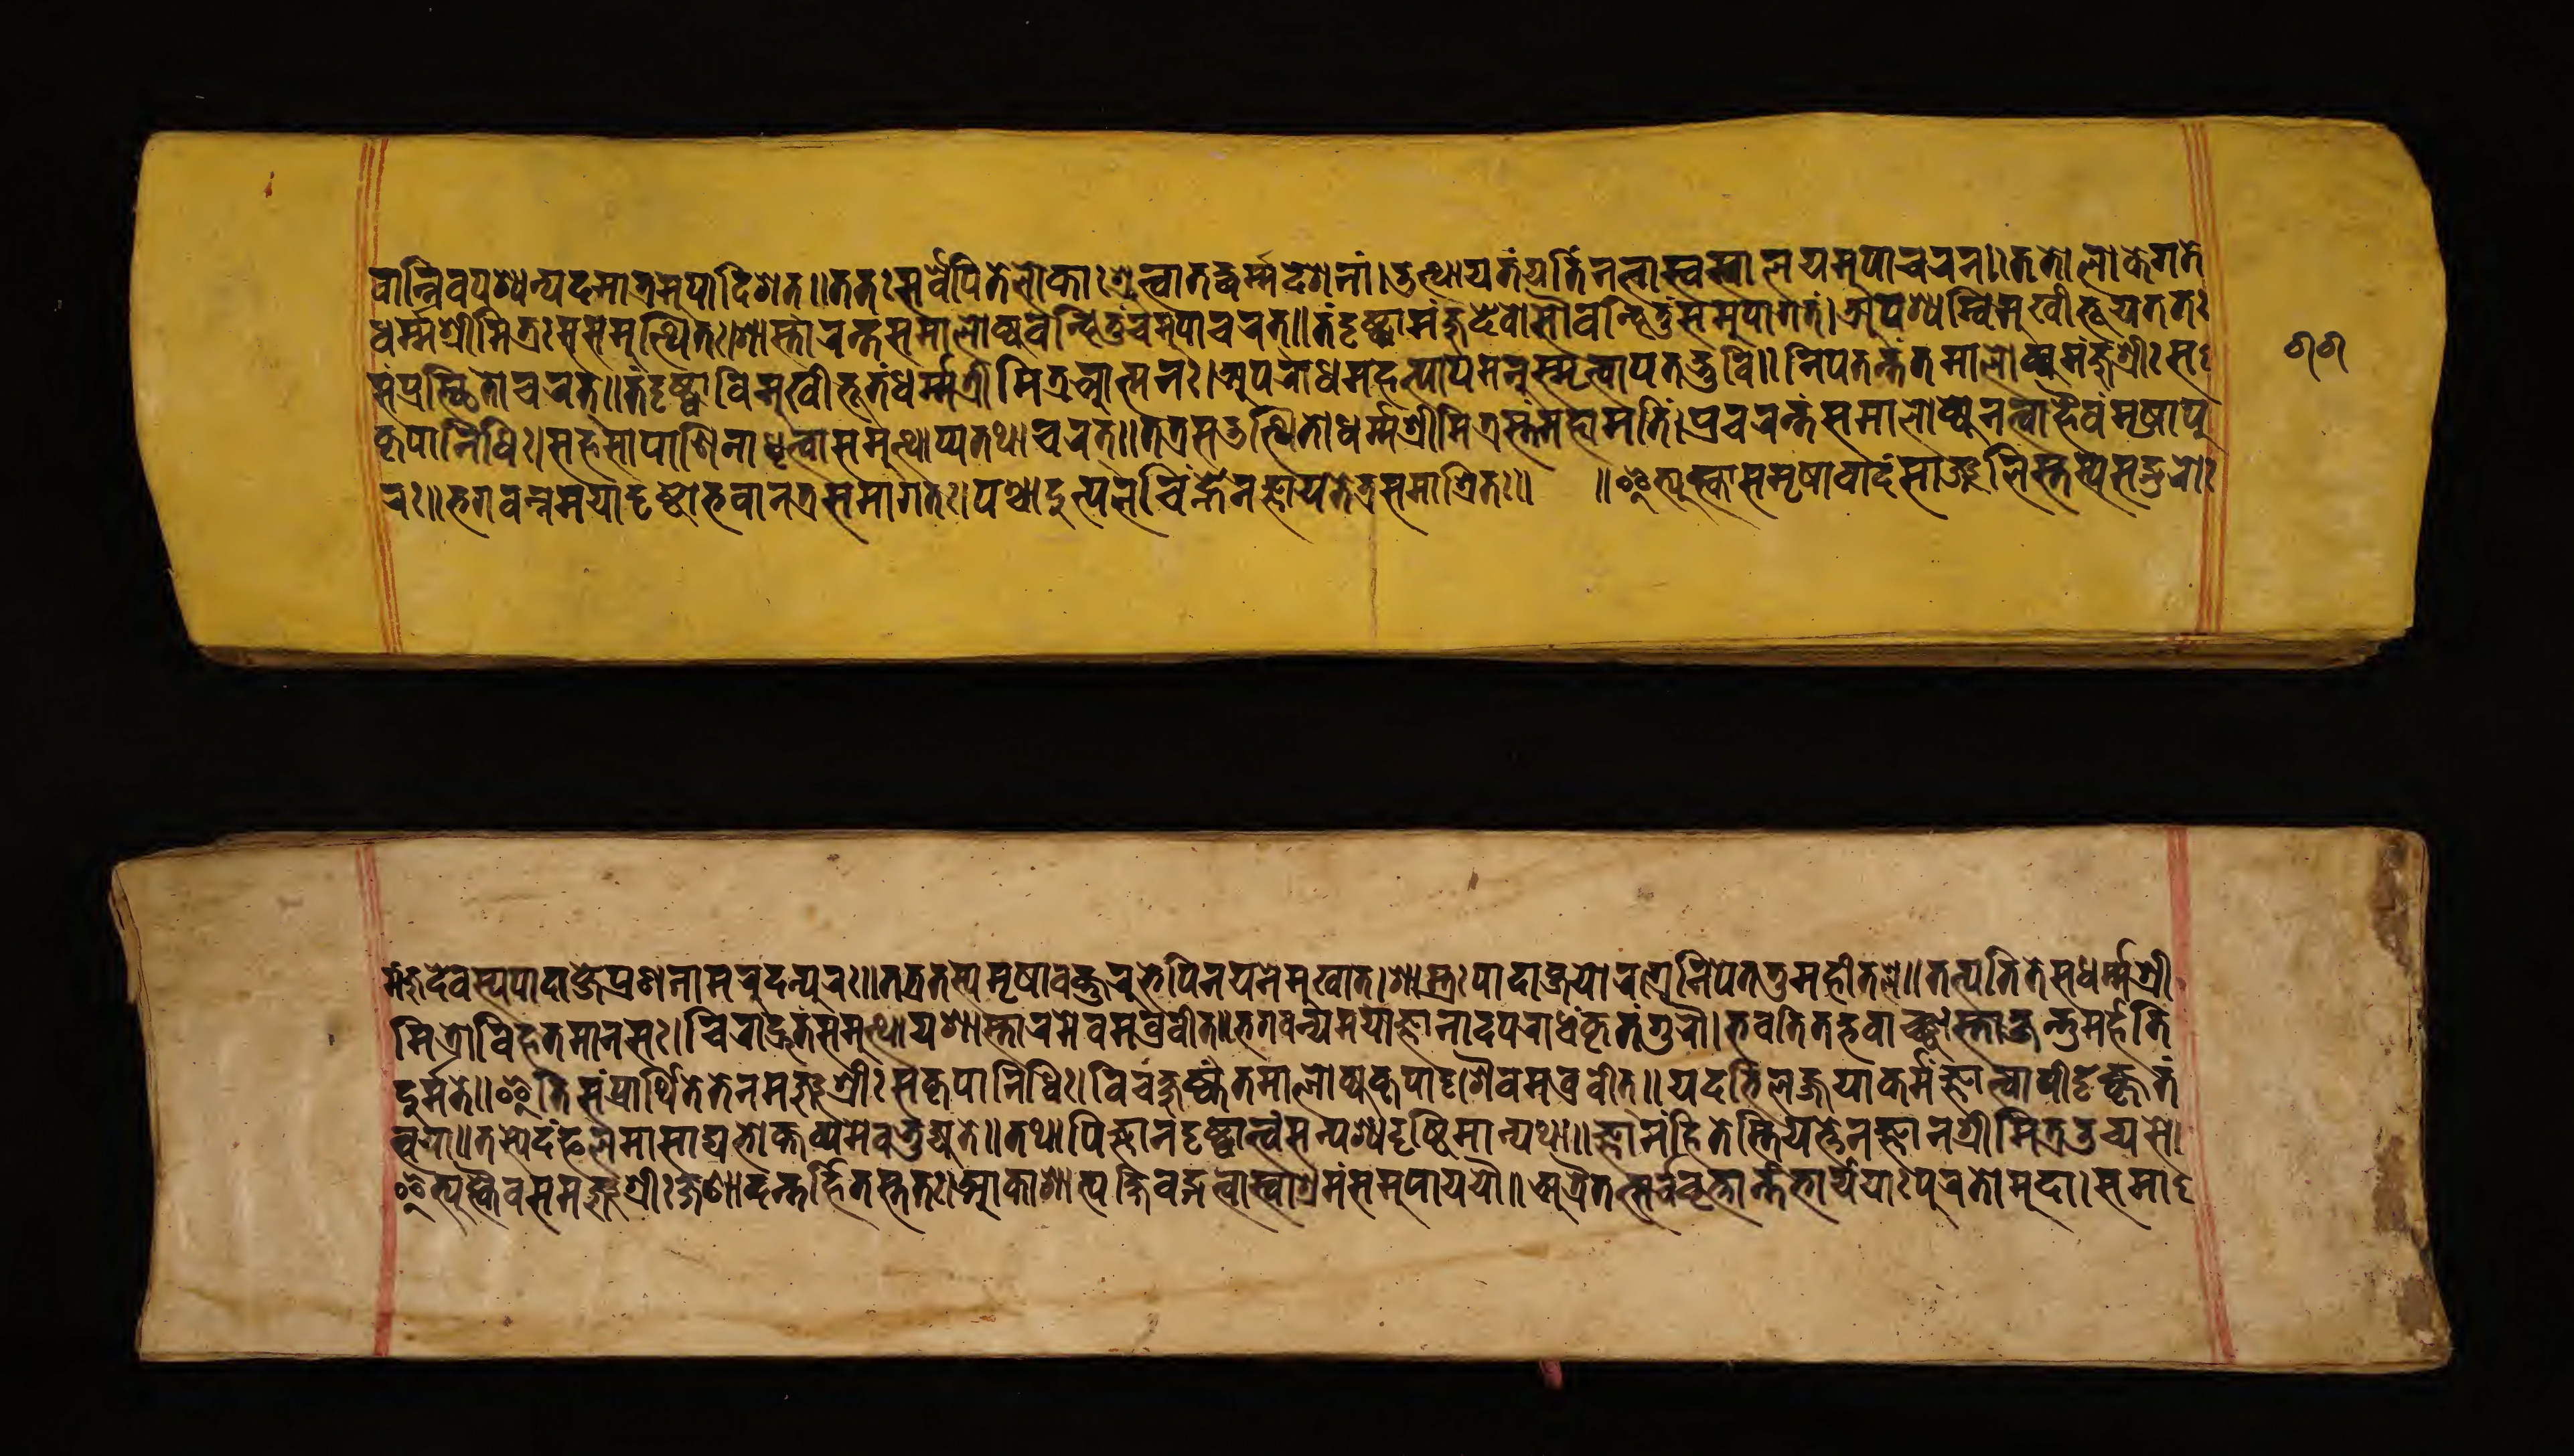
𑐰𑐵𑐣𑑂𑐣𑐶𑐰𑐵𑐥𑐱𑑂𑐫𑐣𑑂𑐥𑐡𑐩𑐵𑐟𑑂𑐬𑐩𑐸𑐥𑐵𑐡𑐶𑐱𑐟𑑂𑑌𑐟𑐟𑑅𑐳𑐬𑑂𑐰𑐾𑐥𑐶𑐟𑐾𑐮𑑀𑐎𑐵𑑅𑐱𑑂𑐬𑐸𑐟𑑂𑐰𑐵𑐟𑐟𑑂𑐳𑐡𑑂𑐢𑐬𑑂𑐩𑑂𑐩𑐡𑐾𑐱𑐣𑐵𑑄𑑋𑐄𑐟𑑂𑐠𑐵𑐫𑐟𑑄𑐫𑐟𑐶𑑄𑐣𑐟𑑂𑐰𑐵𑐳𑑂𑐰𑐳𑑂𑐰𑐵𑐮𑐫𑐩𑐸𑐥𑐵𑐔𑐬𑐣𑑂𑑌𑐟𑐟𑐮𑑀𑐎𑐾𑐐𑐟𑐾 𑐢𑐬𑑂𑐩𑑂𑐩𑐱𑑂𑐬𑐷𑐩𑐶𑐟𑑂𑐬𑑅𑐳𑐳𑐩𑐸𑐟𑑂𑐠𑐶𑐟𑑅𑑋𑐱𑐵𑐳𑑂𑐟𑐵𑐬𑑄𑐟𑑄𑐳𑐩𑐵𑐮𑑀𑐎𑑂𑐫𑐰𑐣𑑂𑐡𑐶𑐟𑐸𑑄𑐳𑐩𑐸𑐥𑐵𑐔𑐬𑐟𑑂𑑌𑐟𑑄𑐡𑐺𑐲𑑂𑐚𑑂𑐰𑐵𑐩𑐘𑑂𑐖𑐸𑐡𑐾𑐰𑑀𑐳𑑁𑐰𑐣𑑂𑐡𑐶𑐟𑐸𑑄𑐳𑐩𑐸𑐥𑐵𑐐𑐟𑑄𑑋𑐀𑐥𑐱𑑂𑐫𑐣𑑂𑐰𑐶𑐩𑐸𑐏𑐷𑐨𑐹𑐫𑐟𑐟𑑅 𑐳𑑄𑐥𑑂𑐬𑐳𑑂𑐠𑐶𑐟𑑀𑐔𑐬𑐟𑑂𑑌𑐟𑑄𑐡𑐺𑐲𑑂𑐚𑑂𑐰𑐵𑐰𑐶𑐩𑐸𑐏𑐷𑐨𑐹𑐟𑐢𑐬𑑂𑐩𑑂𑐩𑐱𑑂𑐬𑐷𑐩𑐶𑐟𑑂𑐬𑐁𑐟𑑂𑐩𑐣𑑅𑑋𑐀𑐥𑐬𑐵𑐢𑐩𑐴𑐟𑑂𑐥𑐵𑐥𑐩𑐣𑐸𑐳𑑂𑐩𑐺𑐟𑑂𑐰𑐵𑐥𑐟𑐡𑑂𑐨𑐸𑐰𑐶𑑌𑐣𑐶𑐥𑐟𑐣𑑂𑐟𑑄𑐟𑐩𑐵𑐮𑑀𑐎𑑂𑐫𑐩𑐘𑑂𑐖𑐸𑐱𑑂𑐬𑐷𑑅𑐳 𑐎𑐺𑐥𑐵𑐣𑐶𑐢𑐶𑑅𑑋𑐳𑐴𑐳𑐵𑐥𑐵𑐞𑐶𑐣𑐵𑐢𑐺𑐟𑑂𑐰𑐵𑐳𑐩𑐸𑐟𑑂𑐠𑐵𑐫𑐟𑐠𑐵𑐔𑐬𑐟𑑂𑑌𑐟𑐟𑑂𑐬𑐳𑑁𑐟𑑂𑐠𑐶𑐟𑑀𑐢𑐬𑑂𑐩𑑂𑐩𑐱𑑂𑐬𑐷𑐩𑐶𑐟𑑂𑐬𑐳𑑂𑐟𑑄𑐩𑐴𑐵𑐩𑐟𑐶𑑄𑑋𑐥𑑂𑐬𑐔𑐬𑐣𑑂𑐟𑑄𑐳𑐩𑐵𑐮𑑀𑐎𑑂𑐫𑐣𑐟𑑂𑐰𑐵𑐴𑐿𑐰𑑄𑐩𑐺𑐲𑐵𑐥𑐸 𑐣𑑅𑑌𑐨𑐐𑐰𑐣𑑂𑐣𑐩𑐫𑐵𑐡𑐺𑐲𑑂𑐚𑑀𑐨𑐰𑐵𑐣𑐟𑑂𑐬𑐳𑐩𑐵𑐐𑐟𑑅𑑋𑐥𑐱𑑂𑐔𑐵𑐡𑐸𑐟𑑂𑐥𑐮𑐔𑐶𑐴𑑂𑐣𑐾𑐣𑐖𑑂𑐘𑐵𑐫𑐟𑐾𑐟𑑂𑐬𑐳𑐩𑐵𑐱𑑂𑐬𑐶𑐟𑑅𑑌 𑑌𑐂𑐟𑑂𑐫𑐸𑐎𑑂𑐟𑑂𑐰𑐵𑐳𑐩𑐺𑐲𑐵𑐰𑐵𑐡𑑄𑐳𑐵𑐘𑑂𑐖𑐮𑐶𑐳𑑂𑐟𑐳𑑂𑐫𑐳𑐒𑑂𑐐𑐸𑐬𑑀𑑅 𑐩𑐘𑑂𑐖𑐸𑐡𑐾𑐰𑐳𑑂𑐫𑐥𑐵𑐡𑐵𑐧𑑂𑐖𑐾𑐥𑑂𑐬𑐞𑐣𑐵𑐩𑐬𑐸𑐡𑐣𑑂𑐥𑐸𑐣𑑅𑑌𑐟𑐟𑑂𑐬𑐟𑐳𑑂𑐫𑐩𑐺𑐲𑐵𑐰𑐎𑑂𑐟𑐸𑑄𑐬𑐸𑐨𑐾𑑇𑐥𑐶𑐣𑐫𑐣𑐾𑐩𑐸𑐏𑐵𑐟𑑂𑑋𑐱𑐵𑐳𑑂𑐟𑐸𑑅𑐥𑐵𑐡𑐵𑐧𑑂𑐖𑐫𑑀𑐬𑐐𑑂𑐬𑐾𑐣𑐶𑐥𑐾𑐟𑑄𑐟𑐸𑐩𑐴𑐷𑐟𑐮𑐾𑑌𑐟𑐟𑑂𑐥𑐟𑐶𑐟𑐳𑐢𑐬𑑂𑐩𑑂𑐩𑐱𑑂𑐬𑐷 𑐩𑐶𑐟𑑂𑐬𑑀𑐰𑐶𑐴𑐟𑐩𑐵𑐣𑐳𑑅𑑋𑐔𑐶𑐬𑐵𑐡𑑂𑐬𑐸𑐡𑑄𑐳𑐩𑐸𑐟𑑂𑐠𑐵𑐫𑑅𑐱𑐵𑐳𑑂𑐟𑐵𑐬𑐩𑐾𑐰𑐩𑐰𑑂𑐬𑐰𑐷𑐟𑑂𑑌𑐨𑐐𑐰𑐣𑑂𑐫𑐟𑑂𑐩𑐫𑐵𑐖𑑂𑐘𑐵𑐣𑐵𑐡𑐥𑐬𑐵𑐢𑑄𑐎𑐺𑐟𑑄𑐐𑐸𑐬𑑁𑑋𑐨𑐰𑐟𑐶𑐟𑐡𑑂𑐨𑐰𑐵𑐘𑑂𑐕𑐵𑐳𑑂𑐟𑐵𑐎𑑂𑐲𑐣𑑂𑐟𑐸𑑄𑐩𑐬𑑂𑐴𑐟𑐶 𑐡𑐸𑐬𑑂𑐩𑐟𑐾𑑅𑑌𑐂𑐟𑐶𑐳𑑄𑐥𑑂𑐬𑐵𑐬𑑂𑐠𑐶𑐟𑑄𑐟𑐾𑐣𑐩𑐘𑑂𑐖𑐸𑐱𑑂𑐬𑐷𑑅𑐳𑐎𑐺𑐥𑐵𑐣𑐶𑐢𑐶𑑅𑑋𑐰𑐶𑐔𑐎𑑂𑐲𑐸𑐲𑑂𑐎𑑄𑐟𑐩𑐵𑐮𑑀𑐎𑑂𑐫𑑅𑐎𑐺𑐥𑐵𑐡𑐺𑐱𑐿𑐰𑐩𑐰𑑂𑐬𑐰𑐷𑐟𑑂𑑌𑐫𑐡𑐨𑐶𑐮𑐖𑑂𑐖𑐫𑐵𑐎𑐬𑑂𑐩𑑂𑐩𑐖𑑂𑐘𑐵𑐟𑑂𑐰𑐵𑐥𑐶𑐡𑐸𑐲𑑂𑐎𑐺𑐟𑑄 𑐟𑑂𑐰𑐫𑐵𑑌𑐟𑐳𑑂𑐫𑐾𑐡𑑄𑐦𑐮𑐩𑐵𑐳𑐵𑐡𑑂𑐫𑐨𑑀𑐎𑑂𑐟𑐀𑐣𑑂𑐫𑑄𑐩𑐾𑐰𑐨𑐸𑐖𑑂𑐫𑐟𑐾𑑌𑐟𑐠𑐵𑐥𑐶𑐖𑑂𑐘𑐵𑐣𑐡𑐺𑐲𑑂𑐚𑑂𑐰𑐵𑐟𑑂𑐰𑑄𑐳𑐩𑑂𑐥𑐱𑑂𑐫𑐡𑑂𑐡𑐺𑐲𑑂𑐚𑐶𑐩𑐵𑐣𑑂𑐫𑐠𑐵𑑌𑐖𑑂𑐘𑐵𑐣𑑄𑐴𑐶𑐟𑐾𑐳𑑂𑐟𑐶𑐫𑐟𑑂𑐟𑐾𑐣𑐖𑑂𑐘𑐵𑐣𑐱𑑂𑐬𑐷𑐩𑐶𑐟𑑂𑐬𑑁𑐔𑑂𑐫𑐳𑐾𑑋 𑐂𑐟𑑂𑐫𑐸𑐎𑑂𑐟𑑂𑐫𑐿𑐰𑐳𑐩𑐘𑑂𑐖𑐸𑐱𑑂𑐬𑐷𑑅𑐎𑑂𑐲𑐞𑐵𑐡𑐣𑑂𑐟𑐬𑑂𑐴𑐶𑐟𑐳𑑂𑐟𑐟𑑅𑑋𑐁𑐎𑐵𑐱𑐵𑐟𑑂𑐥𑐎𑑂𑐲𑐶𑐰𑐡𑑂𑐐𑐟𑑂𑐰𑐵𑐳𑑂𑐰𑐵𑐱𑑂𑐬𑐩𑐾𑐳𑐩𑐸𑐥𑐵𑐫𑐫𑑁𑑌𑐀𑐟𑑂𑐬𑐿𑐟𑐟𑑂𑐳𑐬𑑂𑐰𑐰𑐺𑐟𑑂𑐟𑐵𑐣𑑂𑐟𑑄𑐨𑐵𑐬𑑂𑐫𑐫𑑀𑑅𑐥𑐸𑐬𑐟𑑀𑐬𑑂𑐩𑐸𑐡𑐵𑑋𑐳𑐩𑐵 𑑖𑑖